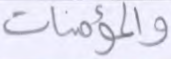
والمؤمنات